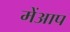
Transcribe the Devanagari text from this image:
मेंआप